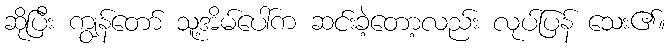
ဆိုပြီး ကျွန်တော် သူ့အိမ်ပေါ်က ဆင်းခဲ့တော့လည်း လုပ်ပြန် သေး၏။